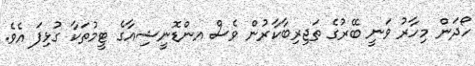
ހޯދަން މިހާރު ވަނީ ބޭރުގެ ތަޖިރިބާކާރުން ވެސް އންޑޮނީޝިއާގެ ޓީމުތަކާ ގުޅިފަ އެވެ.